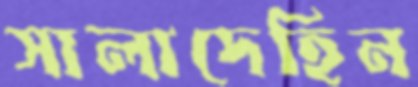
সালাদেহিন